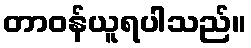
တာဝန်ယူရပါသည်။